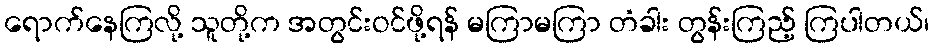
ရောက်နေကြလို့ သူတို့က အတွင်းဝင်ဖို့ရန် မကြာမကြာ တံခါး တွန်းကြည့် ကြပါတယ်၊